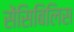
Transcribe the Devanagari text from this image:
सेंसिबिलिस